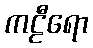
ကဠီရော